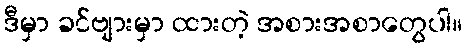
ဒီမှာ ခင်ဗျားမှာ ထားတဲ့ အစားအစာတွေပါ။